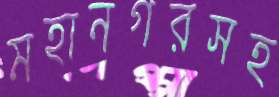
মহানগরসহ